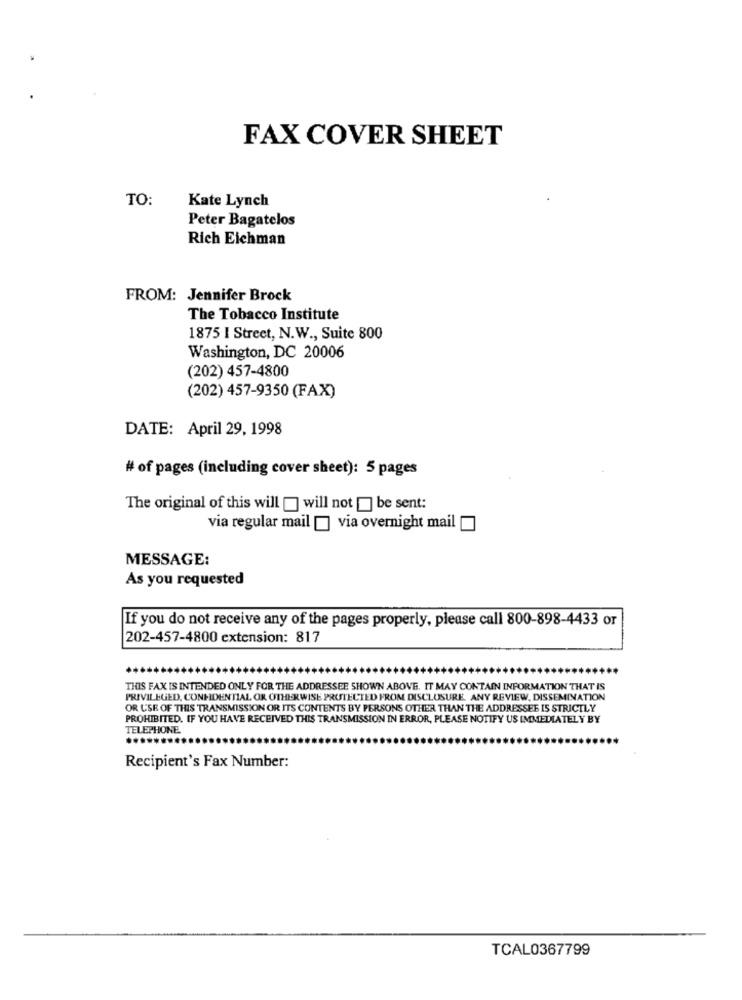
FAX COVER SHEET
TO:
Kate Lynch
Peter Bagatelos
Rich Eichman
FROM: Jennifer Brock
The Tobacco Institute
1875 I Street, N.W ., Suite 800
Washington, DC 20006
(202) 457-4800
(202) 457-9350 (FAX)
DATE: April 29, 1998
# of pages (including cover sheet): 5 pages
The original of this will [] will not [] be sent:
via regular mail [] via overnight mail
MESSAGE:
As you requested
If you do not receive any of the pages properly, please call 800-898-4433 or
202-457-4800 extension: 817
THIS FAX IS INTENDED ONLY FOR THE ADDRESSEE SHOWN ABOVE. IT MAY CONTAIN INFORMATION THAT IS
PRIVILEGED, CONFIDENTIAL OR OTHERWISE PROTECTED FROM DISCLOSURE. ANY REVIEW, DISSEMINATION
OR USE OF THIS TRANSMISSION OR ITS CONTENTS BY PERSONS OTHER THAN THE ADDRESSEE IS STRICTLY
PROHIBITED. IF YOU HAVE RECEIVED THIS TRANSMISSION IN ERROR, PLEASE NOTIFY US IMMEDIATELY BY
TELEPHONE
Recipient's Fax Number:
TCAL0367799